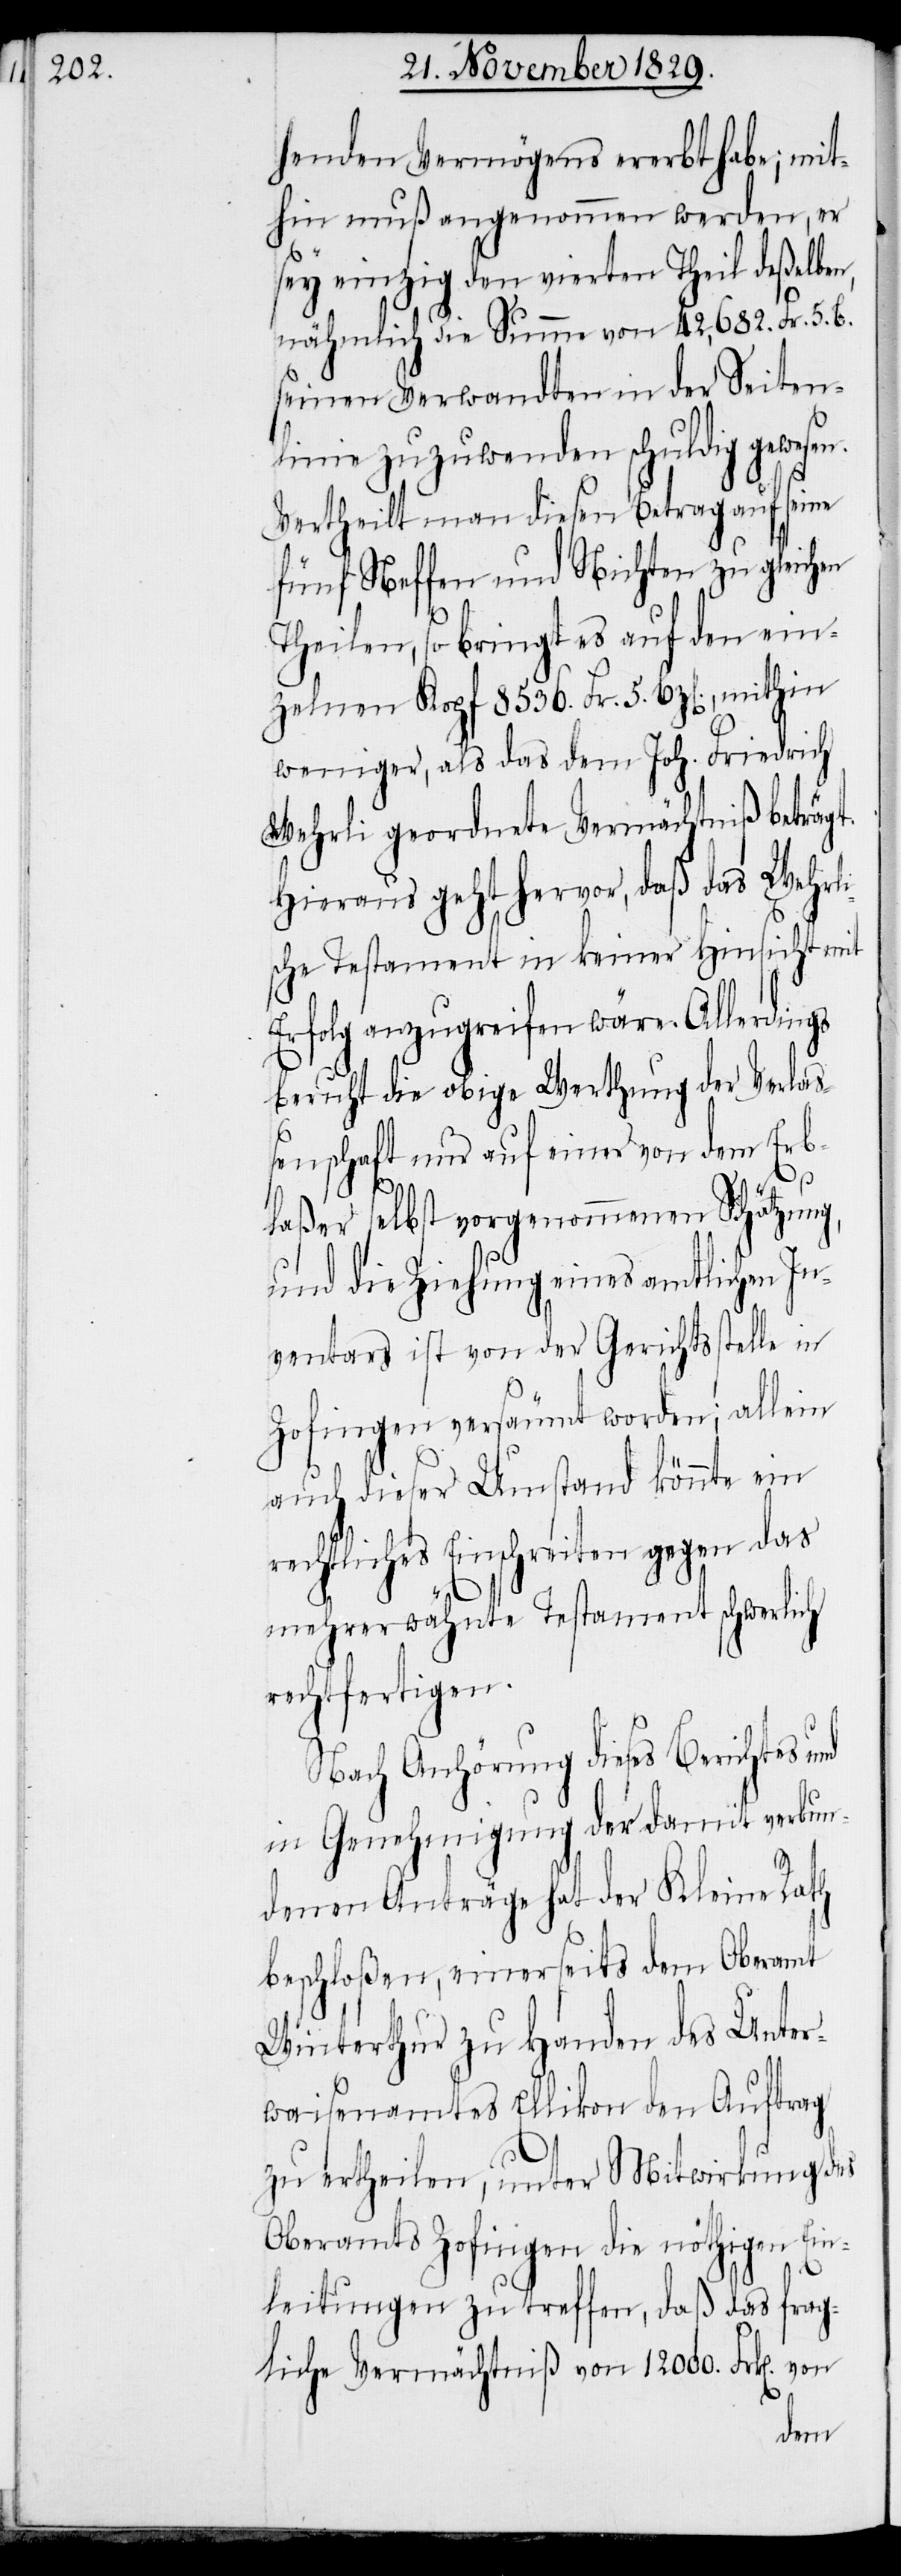
henden Vermögens ererbt habe; mit¬
hin muß angenommen werden, er
sey einzig den vierten Theil deßelben,
nähmlich die Summe von 42,682. Fr. 5. B.
seinen Verwandten in der Seiten¬
linie zuzuwenden schuldig gewesen.
Vertheilt man diesen Betrag auf seine
fünf Neffen und Nichten zu gleichen
Theilen, so bringt es auf den ein¬
zelnen Kopf 8536. Fr. 5. Bz[en]., mithin
weniger, als das dem Joh. Friedrich
Wehrli geordnete Vermächtniß beträgt.
Hieraus geht hervor, daß das Wehrli¬
sche Testament in keiner Hinsicht mit
Erfolg anzugreifen wäre. Allerdings
beruht die obige Werthung der Verlaß¬
enschaft nur auf einer von dem Erb¬
laßer selbst vorgenommenen Schätzung,
und die Ziehung eines amtlichen In¬
ventars ist von der Gerichtsstelle in
Zofingen versäumt worden; allein
auch dieser Umstand könnte ein
rechtliches Einschreiten gegen das
mehrerwähnte Testament schwerlich
rechtfertigen.
Nach Anhörung dieses Berichtes und
in Genehmigung der damit verbun¬
denen Anträge hat der Kleine Rath
beschloßen, einerseits dem Oberamt
Winterthur zu Handen des Unter¬
waisenamtes Ellikon den Auftrag
zu ertheilen, unter Mitwirkung des
Oberamtes Zofingen die nöthigen Ein¬
leitungen zu treffen, daß das frag¬
liche Vermächtniß von 12000. Frk[en].
von